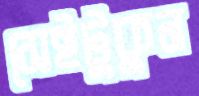
সেইটুকুন